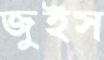
জুইস